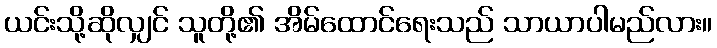
ယင်းသို့ဆိုလျှင် သူတို့၏ အိမ်ထောင်ရေးသည် သာယာပါမည်လား။